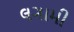
લગામી